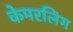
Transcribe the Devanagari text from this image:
केमरलिंग